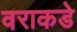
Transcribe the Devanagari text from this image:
वराकडे